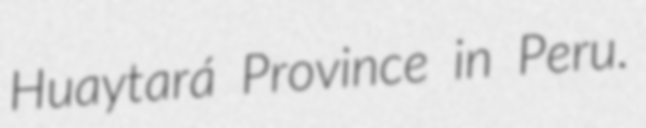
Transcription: Huaytará Province in Peru.